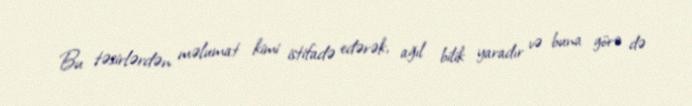
Bu təsirlərdən məlumat kimi istifadə edərək, ağıl bilik yaradır və buna görə də